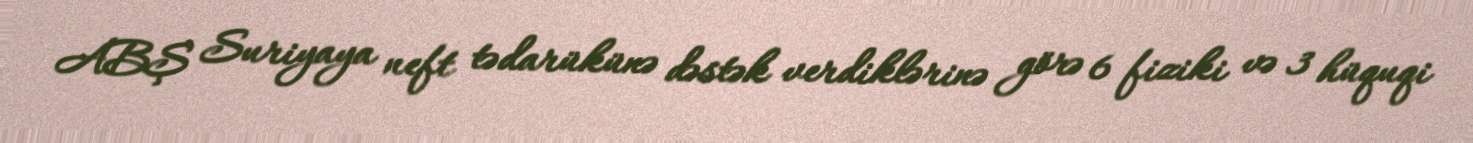
ABŞ Suriyaya neft tədarükünə dəstək verdiklərinə görə 6 fiziki və 3 hüquqi